Civil Veterinary Dept. North-West Frontier Province 1901-22 - 1901-1922
Year: 1901
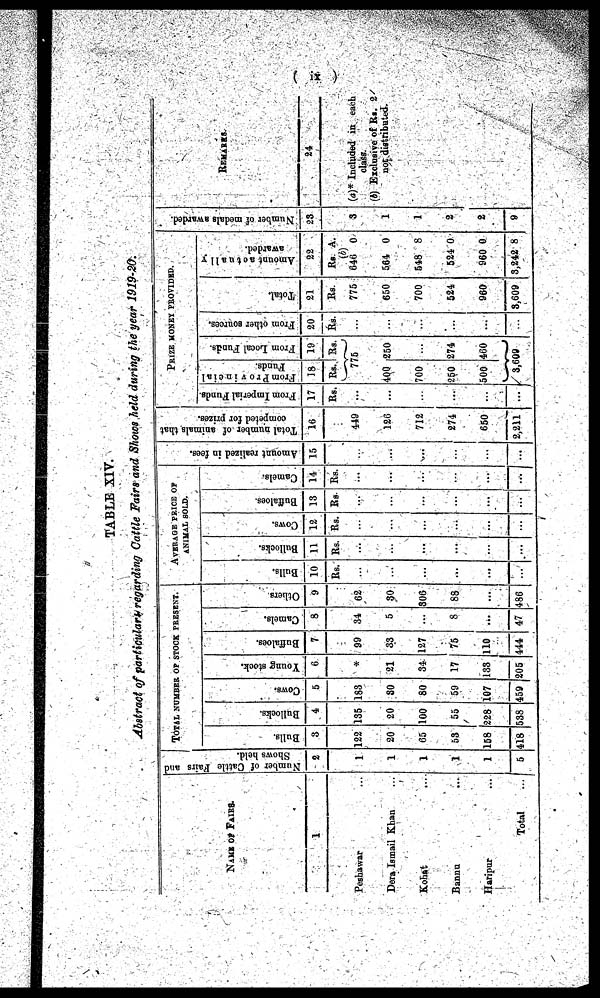
(ix)
TABLE XIV.
Abstract of particulars regarding Cattle Fairs and Shows held during the year 1919-20.
NAME OR FAIRS.
1
Peshawar ...
Dera Ismail Khan ...
Kohat ...
Bannu
...
Haripur
...
Total ...
Number of Cattle Fairs and
Shows held.
2
1
1
1
1
1
5
TOTAL NUMBER OF STOCK PRESENT.
Bulls.
3
122
20
65
53
158
418
Bullocks.
4
135
20
100
55
228
538
COWS.
5
183
30
80
50
107
459
Young stock.
6
*
21
34
17
133
205
Buffaloes.
7
99
33
127
75
110
444
Camels.
8
34
5
...
8
...
47
Others
9
62
30
806
88
...
486
AVERAGE PRICE OF
ANIMAL SOLD.
Bulls.
10
Rs.
...
...
...
...
...
...
Bullocks.
11
Rs.
...
...
...
...
...
...
Cows.
12
Rs.
...
...
...
...
...
...
Buffaloes.
13
Rs.
...
...
...
...
...
...
Camels.
14
Rs.
...
...
...
...
...
...
Amount realized in fees.
15
...
...
...
...
...
...
Total number of animals that
competed for prizes.
16
449
126
712
274
650
2,211
PRIZE
MONEY PROVIDED.
From Imperial Funds.
17
Rs.
...
...
...
...
...
...
Fr om Pr ovi nci a1
Funds .
18
Rs.
Fr om Local Funds.
19
Rs.
775
400
700
250
500
250
...
274
460
3,699
From other sources.
20
Rs.
...
...
...
...
...
...
Total.
21
Rs
775
650
700
524
960
3,609
Amo u n t actually
awarded.
22
Rs
(b)
640
564
548
524
960
3,242
A.
0
0
8
0
0
8
Number of medals awarded.
23
3
1
1
2
2
9
REMARKS.
24
(a)* Included in each
class.
(b) Exclusive of Rs. 2
not distributed.